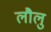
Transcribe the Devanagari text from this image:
लौलु